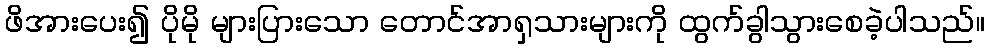
ဖိအားပေး၍ ပိုမို များပြားသော တောင်အာရှသားများကို ထွက်ခွါသွားစေခဲ့ပါသည်။